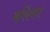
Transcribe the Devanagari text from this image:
मलिंगर